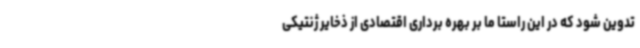
تدوین شود که در این راستا ما بر بهره برداری اقتصادی از ذخایر ژنتیکی